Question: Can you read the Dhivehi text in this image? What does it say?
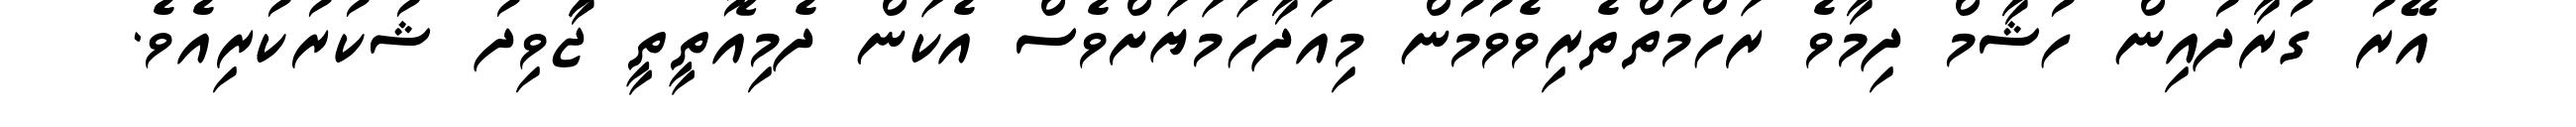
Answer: އޭރު ގުރާދުއިން ހުޝާމް ދިމާވެ ރަހްމަތްތެރިވެވުމުން މިއަދާހަމަޔަށްވެސް އެކަން ދެމިއޮތީތީ ޖަާވިދު ޝުކުރުކުރިއެވެ.